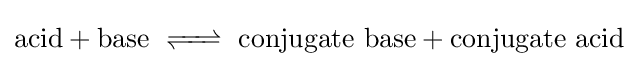
{\text{acid}}+{\text{base }}{\ce {<=>}}{\text{ conjugate base}}+{\text{conjugate acid}}